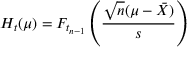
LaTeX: H _ { t } ( \mu ) = F _ { t _ { n - 1 } } \left( { \frac { { \sqrt { n } } ( \mu - { \bar { X } } ) } { s } } \right)